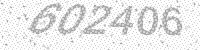
Solution: 602406